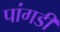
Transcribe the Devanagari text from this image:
पांगडी